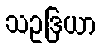
သဥဒြယာ